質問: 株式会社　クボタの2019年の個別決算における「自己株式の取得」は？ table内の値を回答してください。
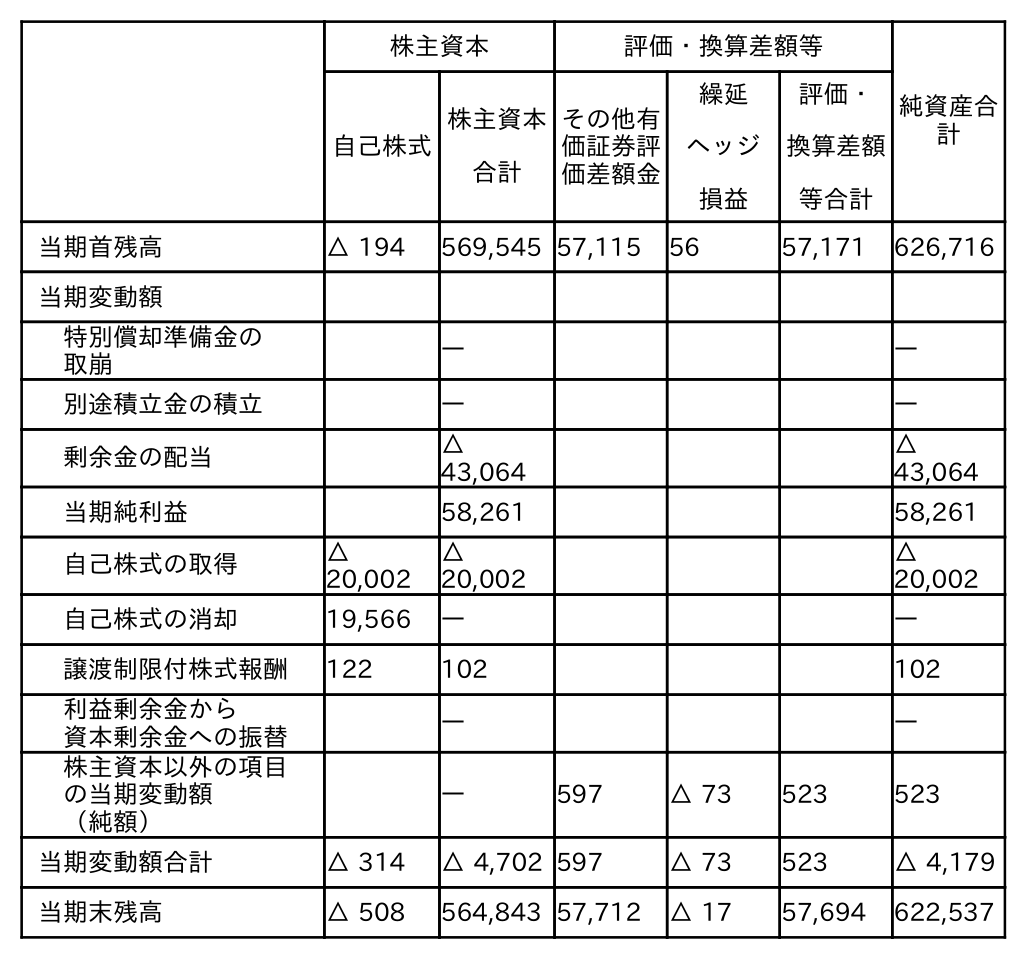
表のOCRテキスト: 株主資本 評価・換算差額等 純資産合 計 自己株式 株主資本 合計 その他有 価証券評 価差額金 繰延 ヘッジ 損益 評価・ 換算差額 等合計 当期首残高 △ 194 569,545 57,115 56 57,171 626,716 当期変動額 特別償却準備金の 取崩 ― ― 別途積立金の積立 ― ― 剰余金の配当 △ 43,064 △ 43,064 当期純利益 58,261 58,261 自己株式の取得 △ 20,002 △ 20,002 △ 20,002 自己株式の消却 19,566 ― ― 譲渡制限付株式報酬 122 102 102 利益剰余金から 資本剰余金への振替 ― ― 株主資本以外の項目 の当期変動額 （純額） ― 597 △ 73 523 523 当期変動額合計 △ 314 △ 4,702 597 △ 73 523 △ 4,179 当期末残高 △ 508 564,843 57,712 △ 17 57,694 622,537
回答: △20,002